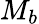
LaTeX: M_{b}